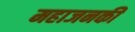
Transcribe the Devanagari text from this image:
महाजनकी